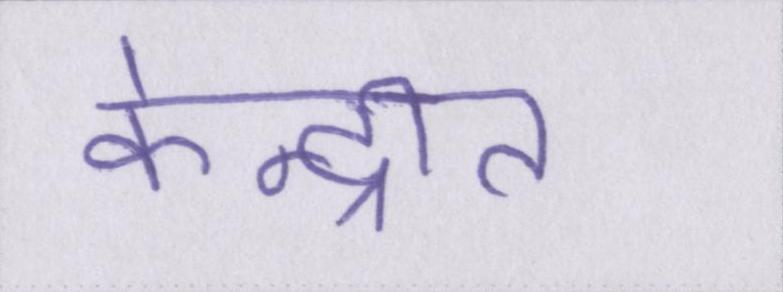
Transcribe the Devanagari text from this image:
केन्द्रीत